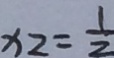
x _ { 2 } = \frac { 1 } { 2 }